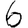
Digit: 6